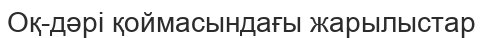
Оқ-дәрі қоймасындағы жарылыстар